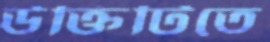
উক্তিটিতে